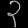
Digit: ၃